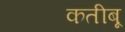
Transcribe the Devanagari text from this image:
कतीबू